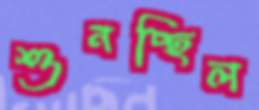
শুনচ্ছিল